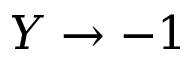
Y \to - 1